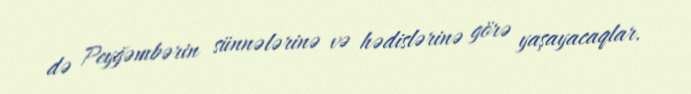
də Peyğəmbərin sünnələrinə və hədislərinə görə yaşayacaqlar.